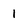
Character: 1